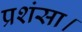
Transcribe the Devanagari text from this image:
प्रशंसा।